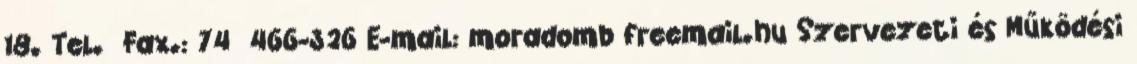
18. Tel. Fax.: 74 466-326 E-mail: moradomb freemail.hu Szervezeti és Működési